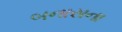
બનાસના